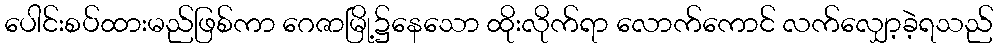
ပေါင်းစပ်ထားမည်ဖြစ်ကာ ဂေဇာမြို့၌နေသော ထိုးလိုက်ရာ လောက်ကောင် လက်လျှော့ခဲ့ရသည်